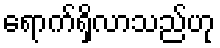
ရောက်ရှိလာသည်ဟု